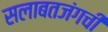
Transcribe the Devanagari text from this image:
सलाबतजंगची